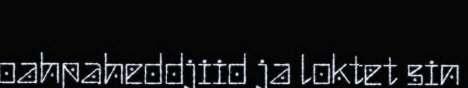
oahpaheddjiid ja loktet sin